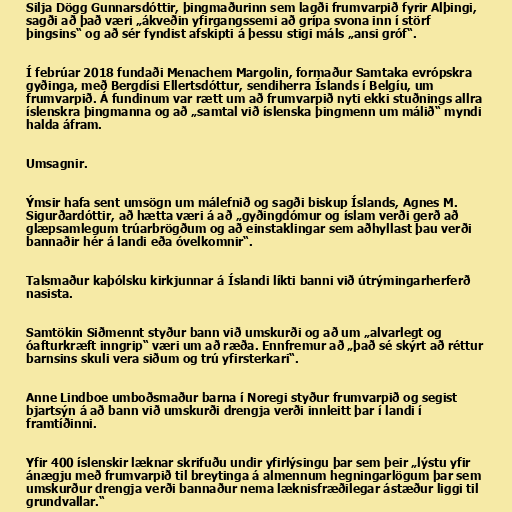
Silja Dögg Gunnarsdóttir, þingmaðurinn sem lagði frumvarpið fyrir Alþingi,
sagði að það væri „ákveðin yfirgangssemi að grípa svona inn í störf
þingsins“ og að sér fyndist afskipti á þessu stigi máls „ansi gróf“.

Í febrúar 2018 fundaði Menachem Mar­gol­in, formaður Sam­taka evr­ópskra
gyðinga, með Bergdísi Ellertsdóttur, sendiherra Íslands í Belgíu, um
frumvarpið. Á fundinum var rætt um að frumvarpið nyti ekki stuðnings allra
íslenskra þingmanna og að „samtal við íslenska þingmenn um málið“ myndi
halda áfram.

Umsagnir.

Ýmsir hafa sent umsögn um málefnið og sagði biskup Íslands, Agnes M.
Sigurðardóttir, að hætta væri á að „gyðingdómur og íslam verði gerð að
glæpsamlegum trúarbrögðum og að einstaklingar sem aðhyllast þau verði
bannaðir hér á landi eða óvelkomnir“.

Talsmaður kaþólsku kirkjunnar á Íslandi líkti banni við útrýmingarherferð
nasista.

Samtökin Siðmennt styður bann við umskurði og að um „alvarlegt og
óafturkræft inngrip“ væri um að ræða. Ennfremur að „það sé skýrt að réttur
barnsins skuli vera siðum og trú yfirsterkari“.

Anne Lind­boe umboðsmaður barna í Noregi styður frumvarpið og segist
bjartsýn á að bann við umskurði drengja verði innleitt þar í landi í
framtíðinni.

Yfir 400 íslenskir læknar skrifuðu undir yfirlýsingu þar sem þeir „lýstu yfir
ánægju með frumvarpið til breytinga á almennum hegningarlögum þar sem
umskurður drengja verði bannaður nema læknisfræðilegar ástæður liggi til
grundvallar.“